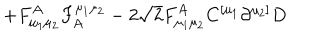
\left. + { F } _ { \mu _ { 1 } \mu _ { 2 } } ^ { A } { F } _ { A } ^ { \mu _ { 1 } \mu _ { 2 } } - 2 \sqrt { 2 } { F } _ { \mu _ { 1 } \mu _ { 2 } } ^ { A } { C } ^ { [ \mu _ { 1 } } \partial ^ { \mu _ { 2 } ] } { D } \right.